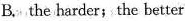
B.the harder;the better